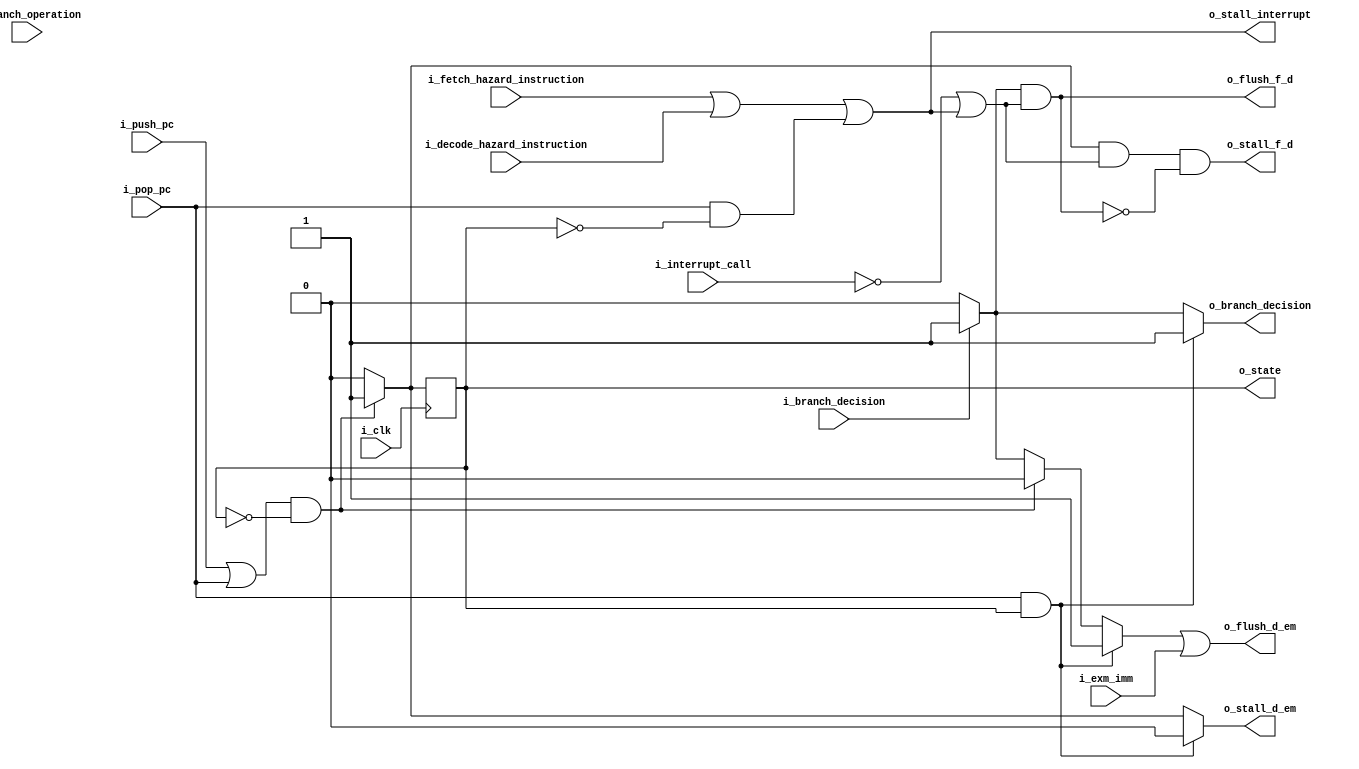
module hazard_unit (
    input i_clk,
    input i_push_pc,
    input i_pop_pc,
    input i_branch_decision,
    input i_interrupt_call,
    input i_exm_imm,
    input i_fetch_hazard_instruction,
    input i_decode_hazard_instruction,
    input i_branch_operation,
    output reg o_flush_f_d,
    output reg o_flush_d_em,
    output reg o_stall_f_d,
    output reg o_stall_d_em,
    output reg o_stall_interrupt,
    output reg o_branch_decision,
    output reg o_state
);
  reg flush_d_em, flush_f_d, stall_f_d;
  always @(*) begin
    flush_f_d = 1'b0;
    flush_d_em = 1'b0;
    stall_f_d = 1'b0;
    o_stall_d_em = 1'b0;
    o_branch_decision = 1'b0;
    o_stall_interrupt = i_fetch_hazard_instruction | i_decode_hazard_instruction | ((i_pop_pc) & ~o_state);

    if (i_branch_decision) begin
      flush_f_d = 1'b1;
      flush_d_em = 1'b1;
      o_branch_decision = 1'b1;
    end

    if ((i_push_pc | i_pop_pc) & !o_state) begin  // call & ret
      o_stall_d_em = 1'b1;
      stall_f_d = 1'b1;
      flush_d_em = 1'b0;
    end

    if (i_pop_pc & o_state) begin  // ret
      o_stall_d_em = 1'b0;
      flush_d_em = 1'b1;
      o_branch_decision = 1'b1;
    end

    o_flush_d_em = flush_d_em | i_exm_imm;
    o_flush_f_d  = flush_f_d & (~i_interrupt_call | o_stall_interrupt);
    o_stall_f_d  = stall_f_d & (~i_interrupt_call | o_stall_interrupt) & ~o_flush_f_d;
  end

  always @(posedge i_clk) begin
    o_state <= 1'b0;
    if ((i_push_pc | i_pop_pc) & !o_state) begin
      o_state <= 1'b1;
    end
  end

endmodule